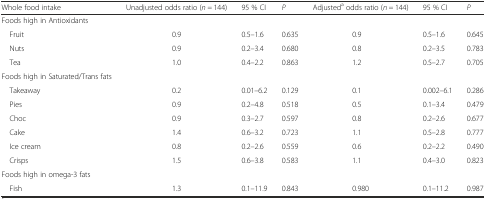
<table><thead><tr><td><b>Whole food intake</b></td><td><b>Unadjusted odds ratio (<i>n =</i> 144)</b></td><td><b>95 % CI</b></td><td><b><i>P</i></b></td><td><b>Adjusted<sup>a</sup> odds ratio (<i>n =</i> 144)</b></td><td><b>95 % CI</b></td><td><b><i>P</i></b></td></tr></thead><tbody><tr><td>Foods high in Antioxidants</td><td></td><td></td><td></td><td></td><td></td><td></td></tr><tr><td> Fruit</td><td>0.9</td><td>0.5–1.6</td><td>0.635</td><td>0.9</td><td>0.5–1.6</td><td>0.645</td></tr><tr><td> Nuts</td><td>0.9</td><td>0.2–3.4</td><td>0.680</td><td>0.8</td><td>0.2–3.5</td><td>0.783</td></tr><tr><td> Tea</td><td>1.0</td><td>0.4–2.2</td><td>0.863</td><td>1.2</td><td>0.5–2.7</td><td>0.705</td></tr><tr><td>Foods high in Saturated/Trans fats</td><td></td><td></td><td></td><td></td><td></td><td></td></tr><tr><td> Takeaway</td><td>0.2</td><td>0.01–6.2</td><td>0.129</td><td>0.1</td><td>0.002–6.1</td><td>0.286</td></tr><tr><td> Pies</td><td>0.9</td><td>0.2–4.8</td><td>0.518</td><td>0.5</td><td>0.1–3.4</td><td>0.479</td></tr><tr><td> Choc</td><td>0.9</td><td>0.3–2.7</td><td>0.597</td><td>0.8</td><td>0.2–2.6</td><td>0.677</td></tr><tr><td> Cake</td><td>1.4</td><td>0.6–3.2</td><td>0.723</td><td>1.1</td><td>0.5–2.8</td><td>0.777</td></tr><tr><td> Ice cream</td><td>0.8</td><td>0.2–2.6</td><td>0.559</td><td>0.6</td><td>0.2–2.2</td><td>0.490</td></tr><tr><td> Crisps</td><td>1.5</td><td>0.6–3.8</td><td>0.583</td><td>1.1</td><td>0.4–3.0</td><td>0.823</td></tr><tr><td>Foods high in omega-3 fats</td><td></td><td></td><td></td><td></td><td></td><td></td></tr><tr><td> Fish</td><td>1.3</td><td>0.1–11.9</td><td>0.843</td><td>0.980</td><td>0.1–11.2</td><td>0.987</td></tr></tbody></table>